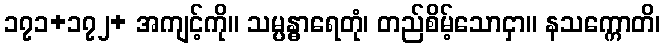
၁၇၁+၁၇၂+ အကျင့်ကို။ သမ္ပန္ဓာရေတုံ၊ တည်စိမ့်သောငှာ။ နသက္ကောတိ၊